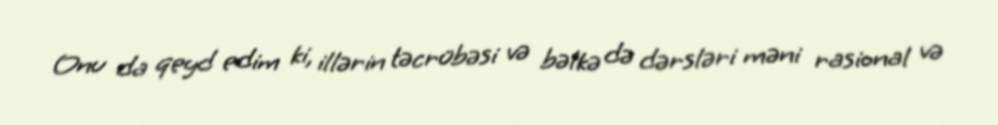
Onu da qeyd edim ki, illərin təcrübəsi və bəlkə də dərsləri məni rasional və